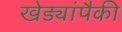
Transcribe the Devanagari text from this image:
खेड्यांपैकी